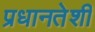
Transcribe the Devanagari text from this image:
प्रधानतेशी